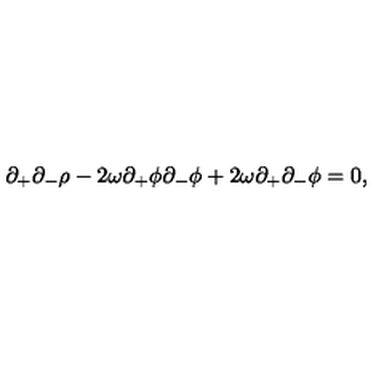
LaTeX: \partial _ { + } \partial _ { - } \rho - 2 \omega \partial _ { + } \phi \partial _ { - } \phi + 2 \omega \partial _ { + } \partial _ { - } \phi = 0 ,